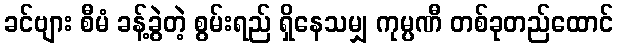
ခင်ဗျား စီမံ ခန့်ခွဲတဲ့ စွမ်းရည် ရှိနေသမျှ ကုမ္ပဏီ တစ်ခုတည်ထောင်